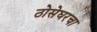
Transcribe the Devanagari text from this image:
ठोसेघरचा